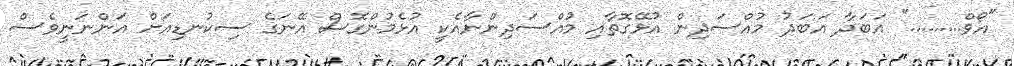
"އޯވް........." އަބަދާ އަބަދު މުއްސަދިން އުޅޭގޮތާއި މުއްސަދިންނާއެކީ އުޅެމުންގޮސް އޭނަގެ ސިކުނޑިއަށް އަންނަނީވެސް